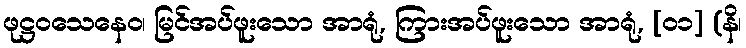
ဖုဋ္ဌဝသေနေဝ၊ မြင်အပ်ဖူးသော အာရုံ, ကြားအပ်ဖူးသော အာရုံ, [၀၁] (နိ၊